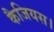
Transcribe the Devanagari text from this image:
कैजियस।